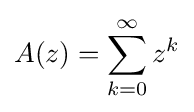
A(z)=\sum _{k=0}^{\infty }z^{k}